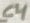
Text: C4